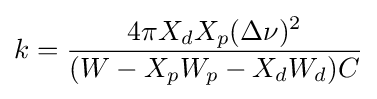
k={\frac {4\pi X_{d}X_{p}(\Delta \nu )^{2}}{(W-X_{p}W_{p}-X_{d}W_{d})C}}